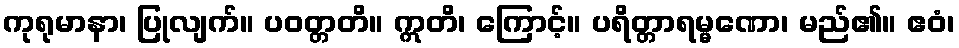
ကုရုမာနာ၊ ပြုလျက်။ ပဝတ္တတိ။ ဣတိ၊ ကြောင့်။ ပရိတ္တာရမ္မဏော၊ မည်၏။ ဧဝံ၊